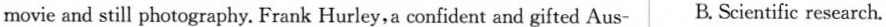
movie and still photography. Frank Hurley,a confident and gifted Aus- B. Scientific research.